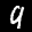
Label: 9